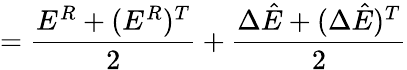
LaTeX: =\frac{E^{R}+(E^{R})^{T}}{2}+\frac{\Delta\hat{E}+(\Delta\hat{E})^{T}}{2}